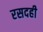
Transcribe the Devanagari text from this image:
रसदही